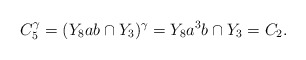
\begin{align*}C_5^{\gamma}=(Y_8ab\cap Y_3)^{\gamma}=Y_8a^3b\cap Y_3=C_2.\end{align*}